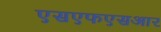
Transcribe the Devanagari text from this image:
एसएफएसआर